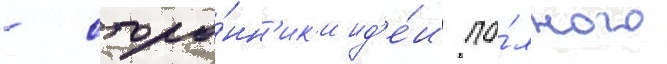
- сторо́нн'ик'и ид'е́и по́лного